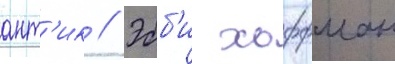
ант'ик // Эбб'и хоффман